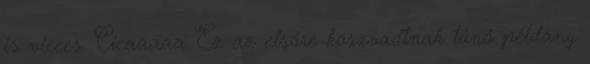
is vicces. Cicaaaaa Ez az elsőre koszvadtnak tűnő példány